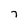
Character: 7